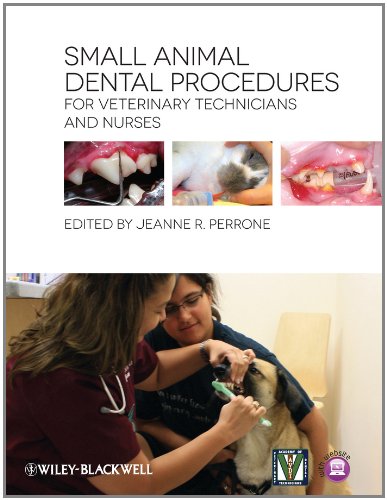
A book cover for Small Animal Dental Procedures for Veterinary Technicians and Nurses; Medical Books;